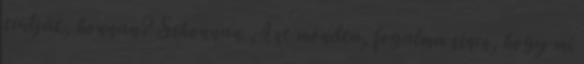
tudják, honnan? Sehonnan. Azt mondta, fogalma sincs, hogy mi